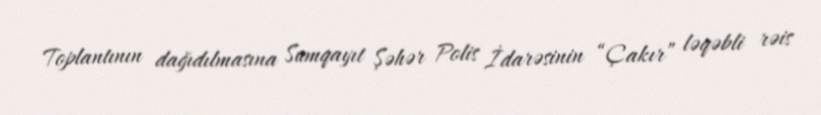
Toplantının dağıdılmasına Sumqayıt Şəhər Polis İdarəsinin “Çakır” ləqəbli rəis